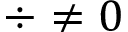
\div \u \ne 0